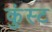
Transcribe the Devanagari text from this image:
कुंस्ट